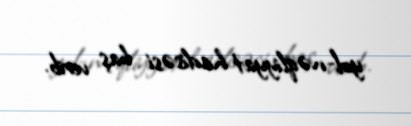
yol-nəqliyyat hadisəsi baş verib.